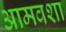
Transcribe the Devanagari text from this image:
आमवशा